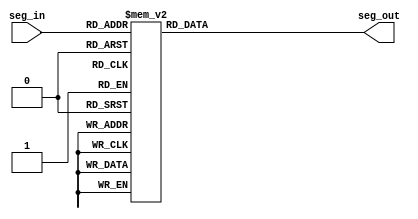
// ECE6370
//Seven segment display mapping 
module seven_seg_num(seg_in, seg_out);
 input[3:0] seg_in;
 output[6:0] seg_out;
 reg[6:0] seg_out;
 
 always @ (seg_in)
 begin //mapping inputs to the display leds begins
//'0' turns LED On and '1' turns LED Off
  case(seg_in)
   4'h0:
   begin
    seg_out=7'b0000001;
   end
   4'h1:
   begin
    seg_out=7'b1001111;
   end
   4'h2:
   begin
    seg_out=7'b0010010;
   end
   4'h3:
   begin
    seg_out=7'b0000110;
   end
   4'h4:
   begin
    seg_out=7'B1001100;
   end
   4'h5:
   begin
    seg_out=7'b0100100;
   end
   4'h6:
   begin
    seg_out=7'b0100000;
   end
   4'h7:
   begin
    seg_out=7'b0001111;
   end
   4'h8:
   begin
    seg_out=7'b0000000;
   end
   4'h9:
   begin
    seg_out=7'b0000100;
   end
   4'hA:
   begin
    seg_out=7'b0000010;
   end
   4'hB:
   begin
    seg_out=7'b1100000;
   end
   4'hC:
   begin
    seg_out=7'b0110001;
   end
   4'hD:
   begin
    seg_out=7'b1000010;
   end
   4'hE:
   begin
    seg_out=7'b0010000;
   end
   4'hF:
   begin
    seg_out=7'b0111000;
   end
   default:
   begin
    seg_out=7'b0000000;
   end
  endcase
 end
endmodule